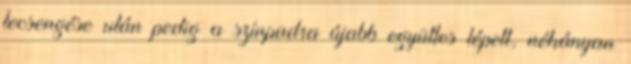
lecsengése után pedig a színpadra újabb együttes lépett, néhányan